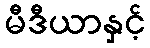
မီဒီယာနှင့်